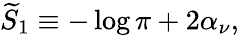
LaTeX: {\widetilde S}_{1}\equiv-\log\pi+2\alpha_{\nu},